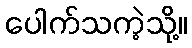
ပေါက်သကဲ့သို့။